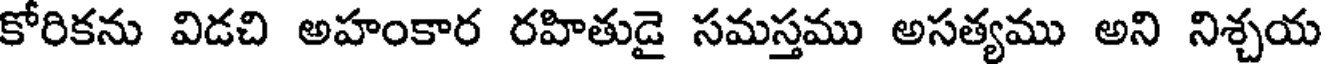
కోరికను విడచి అహంకార రహితుడై సమస్తము అసత్యము అని నిశ్చయ